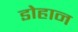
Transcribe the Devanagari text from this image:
डोहान